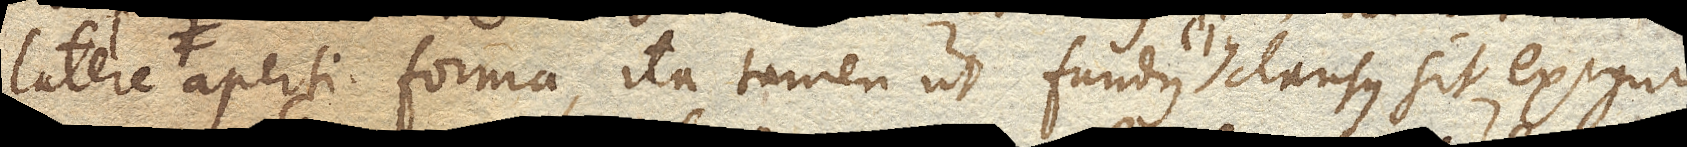
latere F. aperti forma, ita tamen ut fundus ejus clausus sit exiguo